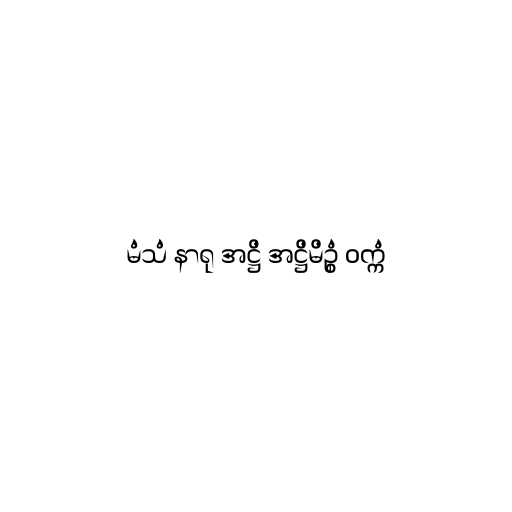
မံသံ နာရု အဋ္ဌိ အဋ္ဌိမိဥ္စံ ဝက္ကံ